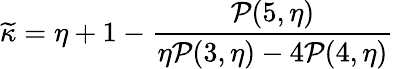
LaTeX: \widetilde{\kappa}=\eta+1-\frac{\mathcal{P}(5,\eta)}{\eta\mathcal{P}(3,\eta)-4\mathcal{P}(4,\eta)}